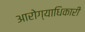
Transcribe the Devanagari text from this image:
आरोग्याधिकारी